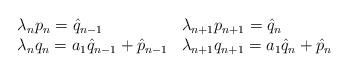
LaTeX: \begin{align*}\left.\begin{array}{ll}\lambda_n p_n = \hat{q}_{n-1} & \lambda_{n+1} p_{n+1} = \hat{q}_n\\\lambda_n q_n = a_1\hat{q}_{n-1}+\hat{p}_{n-1} & \lambda_{n+1} q_{n+1} = a_1\hat{q}_n+\hat{p}_n\end{array}\right.\end{align*}